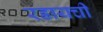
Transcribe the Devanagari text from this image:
रडायची